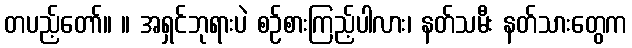
တပည့်တော်။ ။ အရှင်ဘုရားပဲ စဉ်စားကြည့်ပါလား၊ နတ်သမီး နတ်သားတွေက